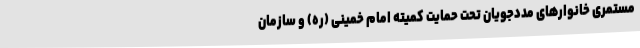
مستمری خانوارهای مددجویان تحت حمایت کمیته امام خمینی (ره) و سازمان